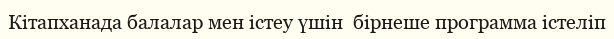
Кітапханада балалар мен істeу үшін  бірнеше программа істеліп